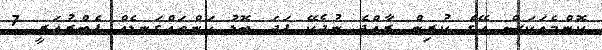
ކޮންމެއަކަސް އޭގެ ކުރިން ރާއްޖެ ނުދެކޭ ފަދަ ބޮޑު ކަންތައްގަނޑެއް ފެބްރުއަރީ 7